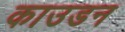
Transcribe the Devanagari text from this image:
काउडन